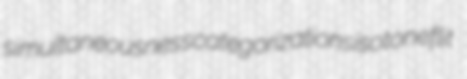
simultaneousness categorizations isotone flit